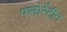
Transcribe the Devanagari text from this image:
फ्लोरेंटीन